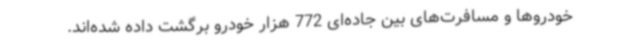
خودروها و مسافرت‌های بین جاده‌ای 772 هزار خودرو برگشت داده شده‌اند.